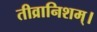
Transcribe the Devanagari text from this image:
तीव्रानिशम्।